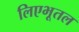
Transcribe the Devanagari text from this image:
लिएभूतल